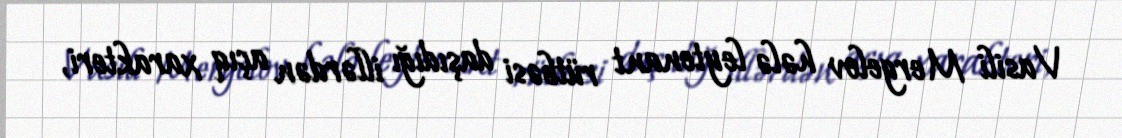
Vasili Mergelov hələ leytenant rütbəsi daşıdığı illərdən açıq xarakteri,